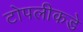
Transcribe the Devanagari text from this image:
टोपलीकडे